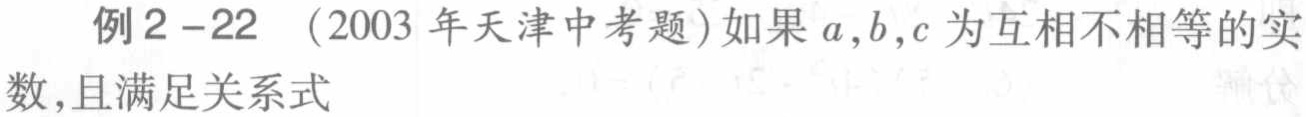
例2 -22 （2003年天津中考题）如果\(a,b,c\)为互相不相等的实数,且满足关系式